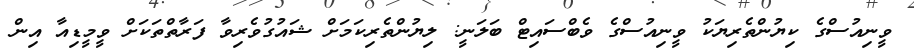
ވީނިއުސްގެ ކިޔުންތެރިޔަކު ވީނިއުސްގެ ވެބްސައިޓް ބަލަނީ: ލިޔުންތެރިކަމަށް ޝައުގުވެރިވާ ފަރާތްތަކަށް ވީމީޑިއާ އިން